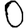
Digit: 0